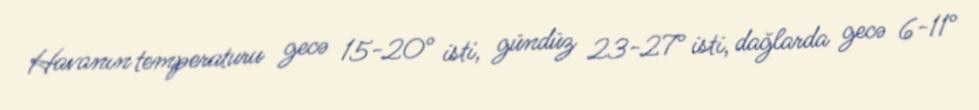
Havanın temperaturu gecə 15-20° isti, gündüz 23-27° isti, dağlarda gecə 6-11°